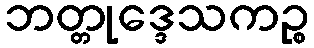
ဘတ္တုဒ္ဒေသကဉ္စ